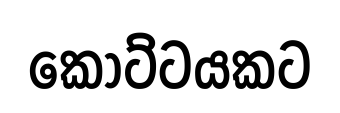
කොට්ටයකට